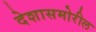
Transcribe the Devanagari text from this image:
देशासमोरील